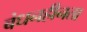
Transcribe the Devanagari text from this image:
बंधनहीनता